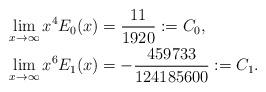
LaTeX: \begin{align*}&\lim_{x\rightarrow\infty}x^{4}E_0(x)=\frac{11}{1920}:=C_0,\\&\lim_{x\rightarrow\infty}x^{6}E_1(x)=-\frac{459733}{124185600}:=C_1.\end{align*}